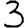
Digit: 3